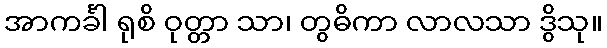
အာကင်္ခါ ရုစိ ဝုတ္တာ သာ၊ တွဓိကာ လာလသာ ဒွိသု။